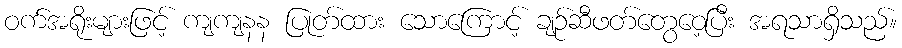
ဝက်အရိုးများဖြင့် ကျကျနန ပြုတ်ထား သောကြောင့် ချဉ်ဆီဖတ်တွေဝေ့ပြီး အရသာရှိသည်။